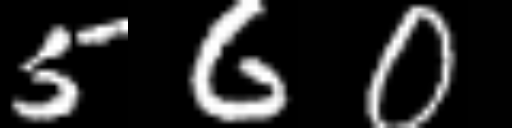
Text: 560